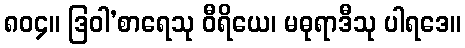
၈၀၄။ ဒြဝါ’စာရေသု ဝီရိယေ၊ မဓုရာဒီသု ပါရဒေ။